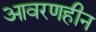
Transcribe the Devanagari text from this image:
आवरणहीन